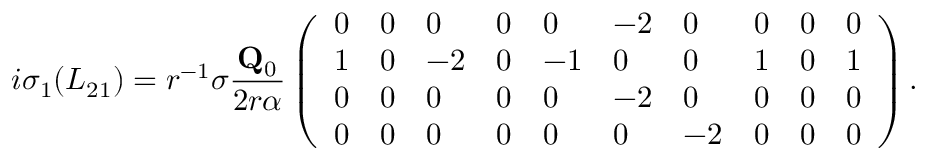
i \sigma _ { 1 } ( L _ { 2 1 } ) = r ^ { - 1 } \sigma \frac { \mathbf { Q } _ { 0 } } { 2 r \alpha } \left( \begin{array} { l l l l l l l l l l } { 0 } & { 0 } & { 0 } & { 0 } & { 0 } & { - 2 } & { 0 } & { 0 } & { 0 } & { 0 } \\ { 1 } & { 0 } & { - 2 } & { 0 } & { - 1 } & { 0 } & { 0 } & { 1 } & { 0 } & { 1 } \\ { 0 } & { 0 } & { 0 } & { 0 } & { 0 } & { - 2 } & { 0 } & { 0 } & { 0 } & { 0 } \\ { 0 } & { 0 } & { 0 } & { 0 } & { 0 } & { 0 } & { - 2 } & { 0 } & { 0 } & { 0 } \end{array} \right) .